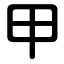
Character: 甲